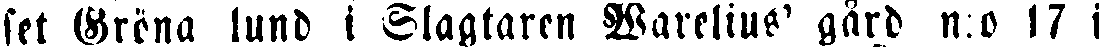
set Gröna lund i Slagtaren Warelius' gård n:o 17 i